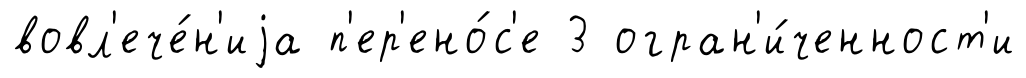
вовл'ече́н'иjа п'ер'ено́с'е 3 огран'и́ченност'и